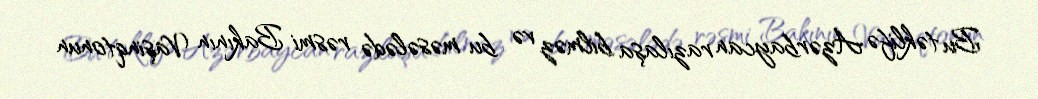
Bu təklifə Azərbaycan razılaşa bilməz və bu məsələdə rəsmi Bakının Vaşinqtonun